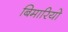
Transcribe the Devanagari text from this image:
बिमारियो